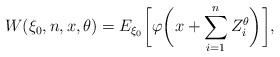
\begin{align*}W(\xi_0,n,x,\theta)=E_{\xi_0}\biggl[\varphi\biggl(x+\sum_{i=1}^{n} Z_i^\theta\biggr)\biggr],\end{align*}